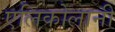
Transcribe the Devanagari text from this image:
एलिकोलानी